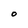
Character: O